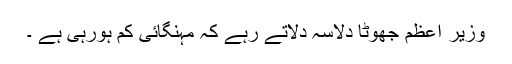
وزیر اعظم جھوٹا دلاسہ دلاتے رہے کہ مہنگائی کم ہورہی ہے ۔